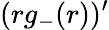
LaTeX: (rg_{-}(r))^{\prime}